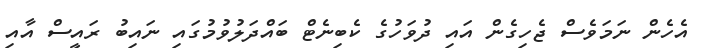
އެހެން ނަމަވެސް ޖެހިގެން އައި ދުވަހުގެ ކެބިނެޓް ބައްދަލުވުމުގައި ނައިބު ރައީސް އާއި